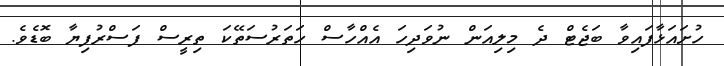
ހުށައަޅާފައިވާ ބަޖެޓް ދެ މިލިއަން ނުވަދިހަ އެއްހާސް ހަތަރުސަތޭކަ ތިރީސް ފަސްރުފިޔާ ބޮޑެވެ.